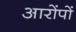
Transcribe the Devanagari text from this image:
आरोंपों